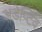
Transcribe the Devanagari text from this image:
अडेप्टिव